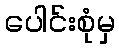
ပေါင်းစုံမှ